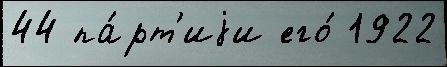
44 па́рт'иjи его́ 1922